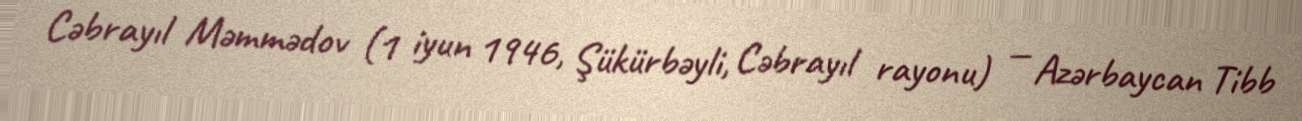
Cəbrayıl Məmmədov (1 iyun 1946, Şükürbəyli, Cəbrayıl rayonu) — Azərbaycan Tibb